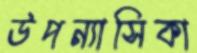
উপন্যাসিকা